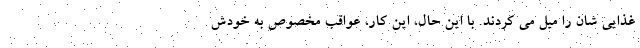
غذایی شان را میل می کردند. با این حال، این کار، عواقب مخصوص به خودش